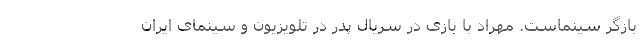
بازگر سینماست. مهراد با بازی در سریال پدر در تلویزیون و سینمای ایران